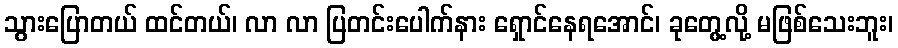
သွားပြောတယ် ထင်တယ်၊ လာ လာ ပြတင်းပေါက်နား ရှောင်နေရအောင်၊ ခုတွေ့လို့ မဖြစ်သေးဘူး၊